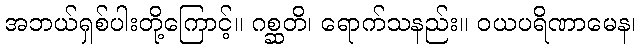
အဘယ်ရှစ်ပါးတို့ကြောင့်။ ဂစ္ဆတိ၊ ရောက်သနည်း။ ဝယပရိဏာမေန၊